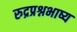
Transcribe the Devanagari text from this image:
रुद्रप्रश्नभाष्य